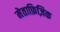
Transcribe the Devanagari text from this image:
मेताफ़िज़िक